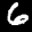
Label: 6